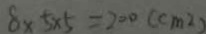
8 \times 5 \times 5 = 2 0 0 ( c m ^ { 2 } )